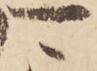
可